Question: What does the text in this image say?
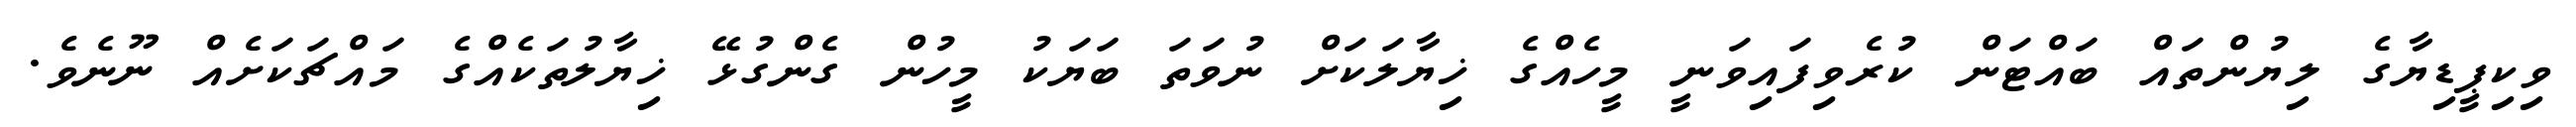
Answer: ވިކިޕީޑިޔާގެ ލިޔުންތައް ބައްޓަން ކުރެވިފައިވަނީ މީހެއްގެ ޚިޔާލަކަށް ނުވަތަ ބަޔަކު މީހުން ގެންގުޅޭ ޚިޔާލުތަކެއްގެ މައްޗަކަށެއް ނޫނެވެ.